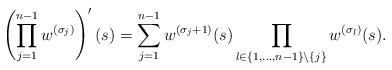
\begin{align*} \left(\prod_{j=1}^{n-1} w^{(\sigma_j)}\right)'(s) = \sum_{j=1}^{n-1} w^{(\sigma_j+1)}(s)\prod_{l\in\{1,\ldots,n-1\}\setminus\{j\}}w^{(\sigma_l)}(s). \end{align*}